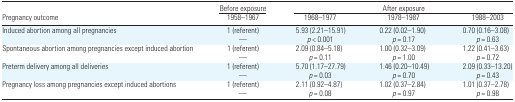
|  | Before exposure | <COLSPAN=3> After exposure |
 | Pregnancy outcome | 1958–1967 | 1968–1977 | 1978–1987 | 1988–2003 |
 | --- | --- | --- | --- | --- |
 | Induced abortion among all pregnancies | 1 (referent) | 5.93 (2.21–15.91) | 0.22 (0.02–1.90) | 0.70 (0.16–3.08) |
 |  | — | p < 0.001 | p = 0.17 | p = 0.63 |
 | Spontaneous abortion among pregnancies except induced abortion | 1 (referent) | 2.09 (0.84–5.18) | 1.00 (0.32–3.09) | 1.22 (0.41–3.63) |
 |  | — | p = 0.11 | p = 1.00 | p = 0.72 |
 | Preterm delivery among all deliveries | 1 (referent) | 5.70 (1.17–27.79) | 1.46 (0.20–10.49) | 2.09 (0.33–13.20) |
 |  | — | p = 0.03 | p = 0.70 | p = 0.43 |
 | Pregnancy loss among pregnancies except induced abortions | 1 (referent) | 2.11 (0.92–4.87) | 1.02 (0.37–2.84) | 1.01 (0.37–2.78) |
 |  | — | p = 0.08 | p = 0.97 | p = 0.98 |